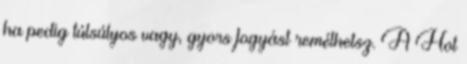
ha pedig túlsúlyos vagy, gyors fogyást remélhetsz. A Hot